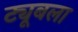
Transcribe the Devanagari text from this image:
ट्यूबला